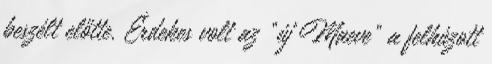
beszélt előtte. Érdekes volt az “új Maeve” a felhúzott